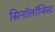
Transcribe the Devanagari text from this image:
सिनॉलॉजिस्ट